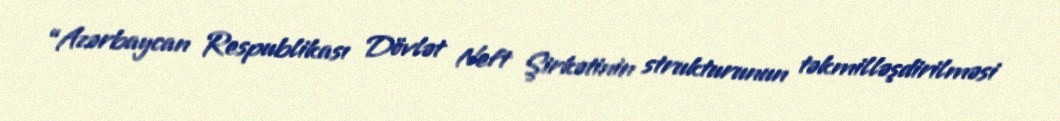
“Azərbaycan Respublikası Dövlət Neft Şirkətinin strukturunun təkmilləşdirilməsi